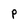
Character: P